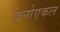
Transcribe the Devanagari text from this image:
क्लोएकल